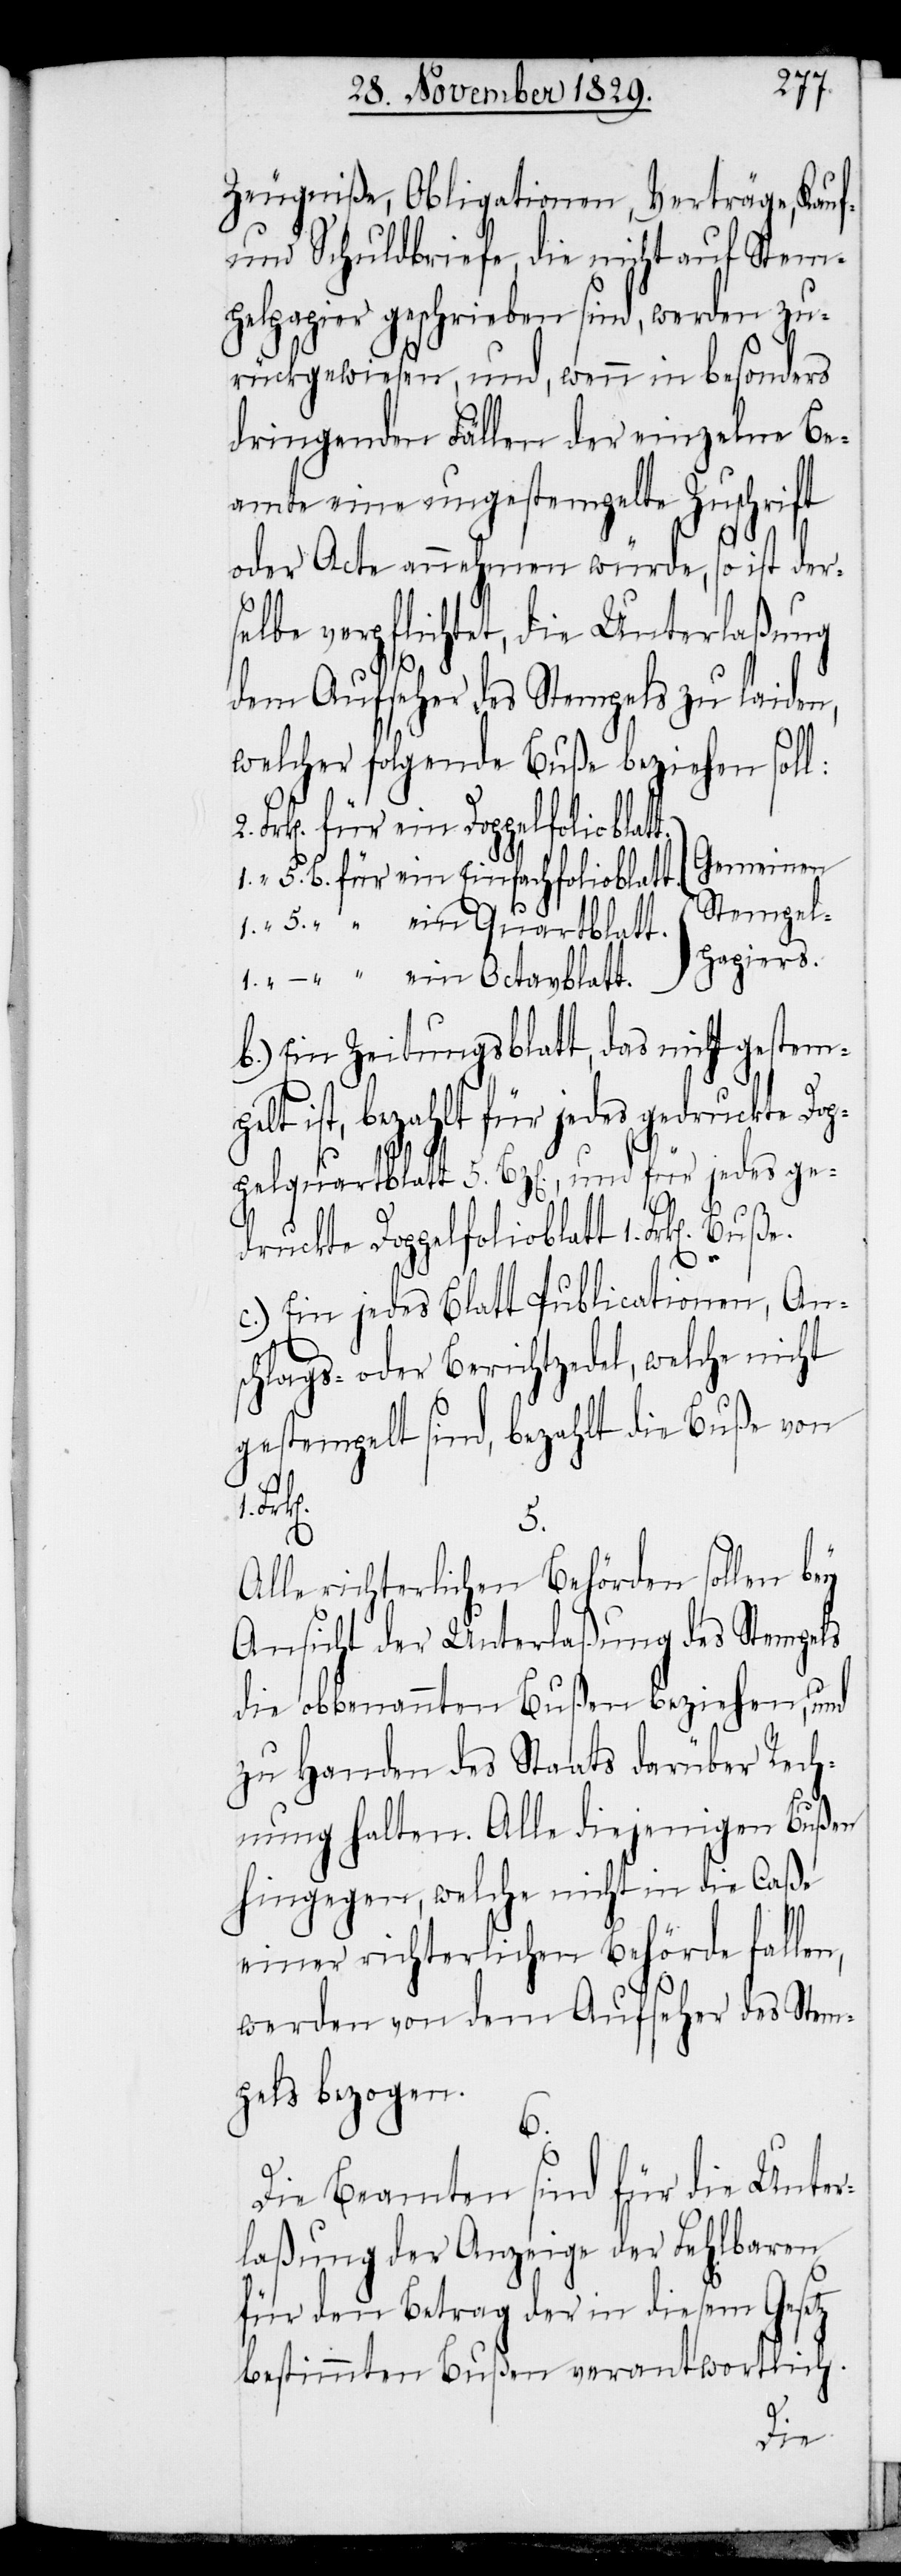
Zeugniße, Obligationen, Verträge, Kauf-
und Schuldbriefe, die nicht auf Stem¬
pelpapier geschrieben sind, werden zu¬
rückgewiesen, und, wenn in besonders
dringenden Fällen der einzelne Be¬
amte eine ungestempelte Zuschrift
oder Acte annehmen würde, so ist der¬
selbe verpflichtet, die Unterlaßung
dem Aufseher des Stempels zu laiden,
welcher folgende Buße beziehen soll:
“
[Gemeinen
Stempel¬
ein Quartblatt.
papiers.]
b.) Ein Zeitungsblatt, das nicht gestem¬
pelt ist, bezahlt für jedes gedruckte Dop¬
pelquartblatt 5. Bz[en]., und für jedes ge¬
druckte Doppelfolioblatt 1. Frk[en].
1.
c.) Ein jedes Blatt Publicationen, An¬
schlags- oder Berichtzedel, welche nicht
gestempelt sind, bezahlt die Buße von
5.
Alle richterlichen Behörden sollen bey
Ansicht der Unterlaßung des Stempels
die obbenannten Bußen beziehen, und
zu Handen des Staats darüber Rech¬
nung halten. alle diejenigen Bußen
hingegen, welche nicht in die Caße
einer richterlichen Behörde fallen,
werden von dem Aufseher des Stem¬
pels bezogen.
6.
Die Beamten sind für die Unter¬
laßung der Anzeige der Fehlbaren
für den Betrag der in diesem Gesetz
bestimmten Bußen verantwortlich.